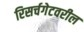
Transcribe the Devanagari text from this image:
रिसर्चगेटवरील